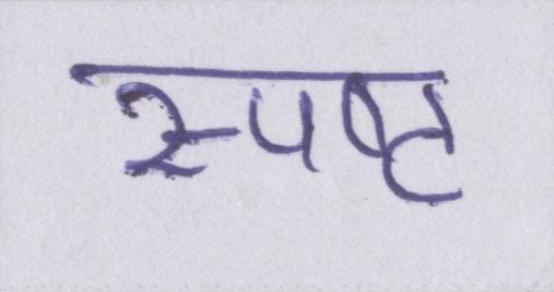
स्पष्ट